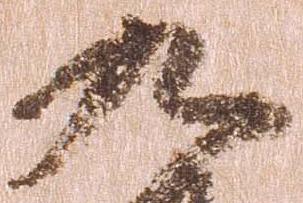
九